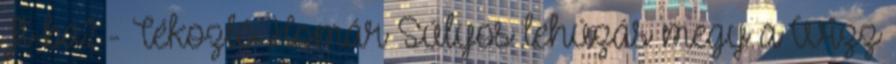
Ft-ba? - Tékozló Homár Súlyos lehúzás megy a Wizz